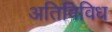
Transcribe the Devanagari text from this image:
अतिविविध